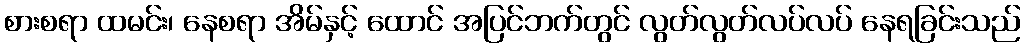
စားစရာ ထမင်း၊ နေစရာ အိမ်နှင့် ထောင် အပြင်ဘက်တွင် လွတ်လွတ်လပ်လပ် နေရခြင်းသည်